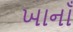
ખાનાઁ